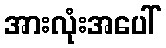
အားလုံးအပေါ်